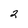
Character: 2